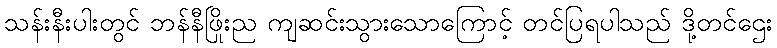
သန်းနီးပါးတွင် ဘန်နီဖြိုးည ကျဆင်းသွားသောကြောင့် တင်ပြရပါသည် ဒို့တင်ဌေး